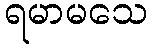
ရမာမသေ